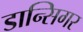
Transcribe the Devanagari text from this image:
डान्सिगर